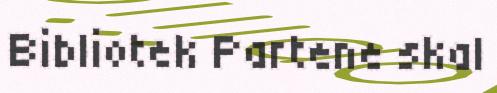
Bibliotek Partene skal